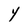
Character: Y